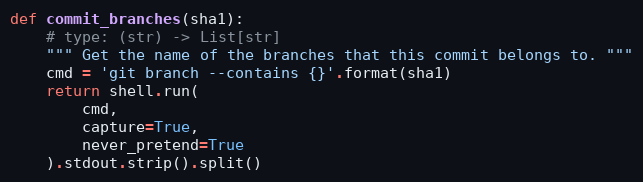
Language: Python
def commit_branches(sha1):
    # type: (str) -> List[str]
    """ Get the name of the branches that this commit belongs to. """
    cmd = 'git branch --contains {}'.format(sha1)
    return shell.run(
        cmd,
        capture=True,
        never_pretend=True
    ).stdout.strip().split()